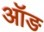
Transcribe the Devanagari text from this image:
ऑङ